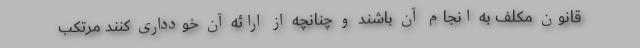
قانون مکلف به انجام آن باشند و چنانچه از ارائه آن خودداری کنند مرتکب